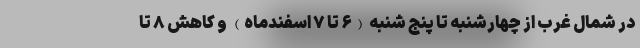
در شمال غرب از چهارشنبه تا پنج شنبه (۶ تا ۷ اسفندماه)‌ و کاهش ۸ تا